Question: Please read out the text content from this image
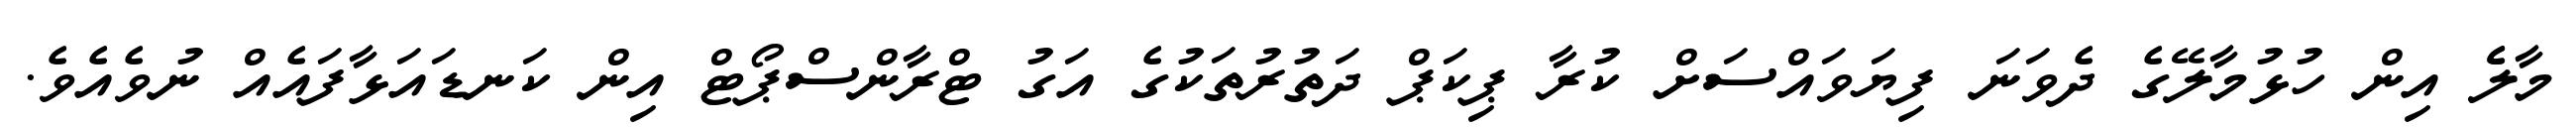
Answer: މާލެެ އިން ހުޅުމާލޭގެ ދެވަނަ ފިޔަވައްސަށް ކުރާ ޕިކަޕް ދަތުރުތަކުގެ އަގު ޓްރާންސްޕޯޓް އިން ކަނޑައަޅާފައެއް ނުވެއެވެ.